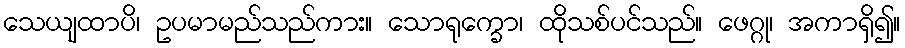
သေယျထာပိ၊ ဥပမာမည်သည်ကား။ သောရုက္ခော၊ ထိုသစ်ပင်သည်။ ဖေဂ္ဂု၊ အကာရှိ၍။